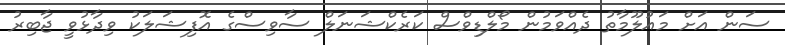
ސަން އަށް މައުލޫމާތު ދެއްވަމުން މޯލްޑިވްސް ކަރެކްޝަނަލް ސާވިސްގެ އޮފިޝަލަކު ވިދާޅުވީ ޖާބިރު